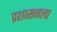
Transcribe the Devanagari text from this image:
प्रशासनला